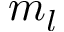
m _ { l }